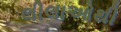
લીલાઓથી